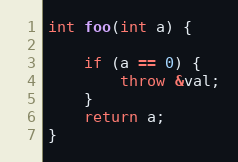
Language: C++
int foo(int a) {

    if (a == 0) {
        throw &val;
    }
    return a;
}